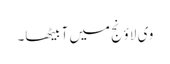
وی لاؤنج میں آ بیٹھا۔